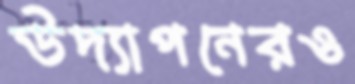
উদ্যাপনেরও